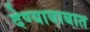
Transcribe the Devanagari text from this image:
देण्याबाबात